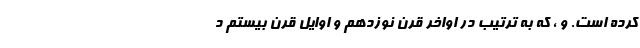
کرده است. و ، که به ترتیب در اواخر قرن نوزدهم و اوایل قرن بیستم د